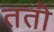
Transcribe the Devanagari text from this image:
ततो॑